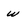
Character: w